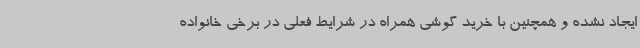
ایجاد نشده و همچنین با خرید گوشی همراه در شرایط فعلی در برخی خانواده